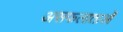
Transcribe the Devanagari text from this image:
असफलाताओं